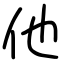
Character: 他